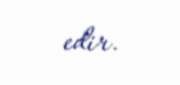
edir.